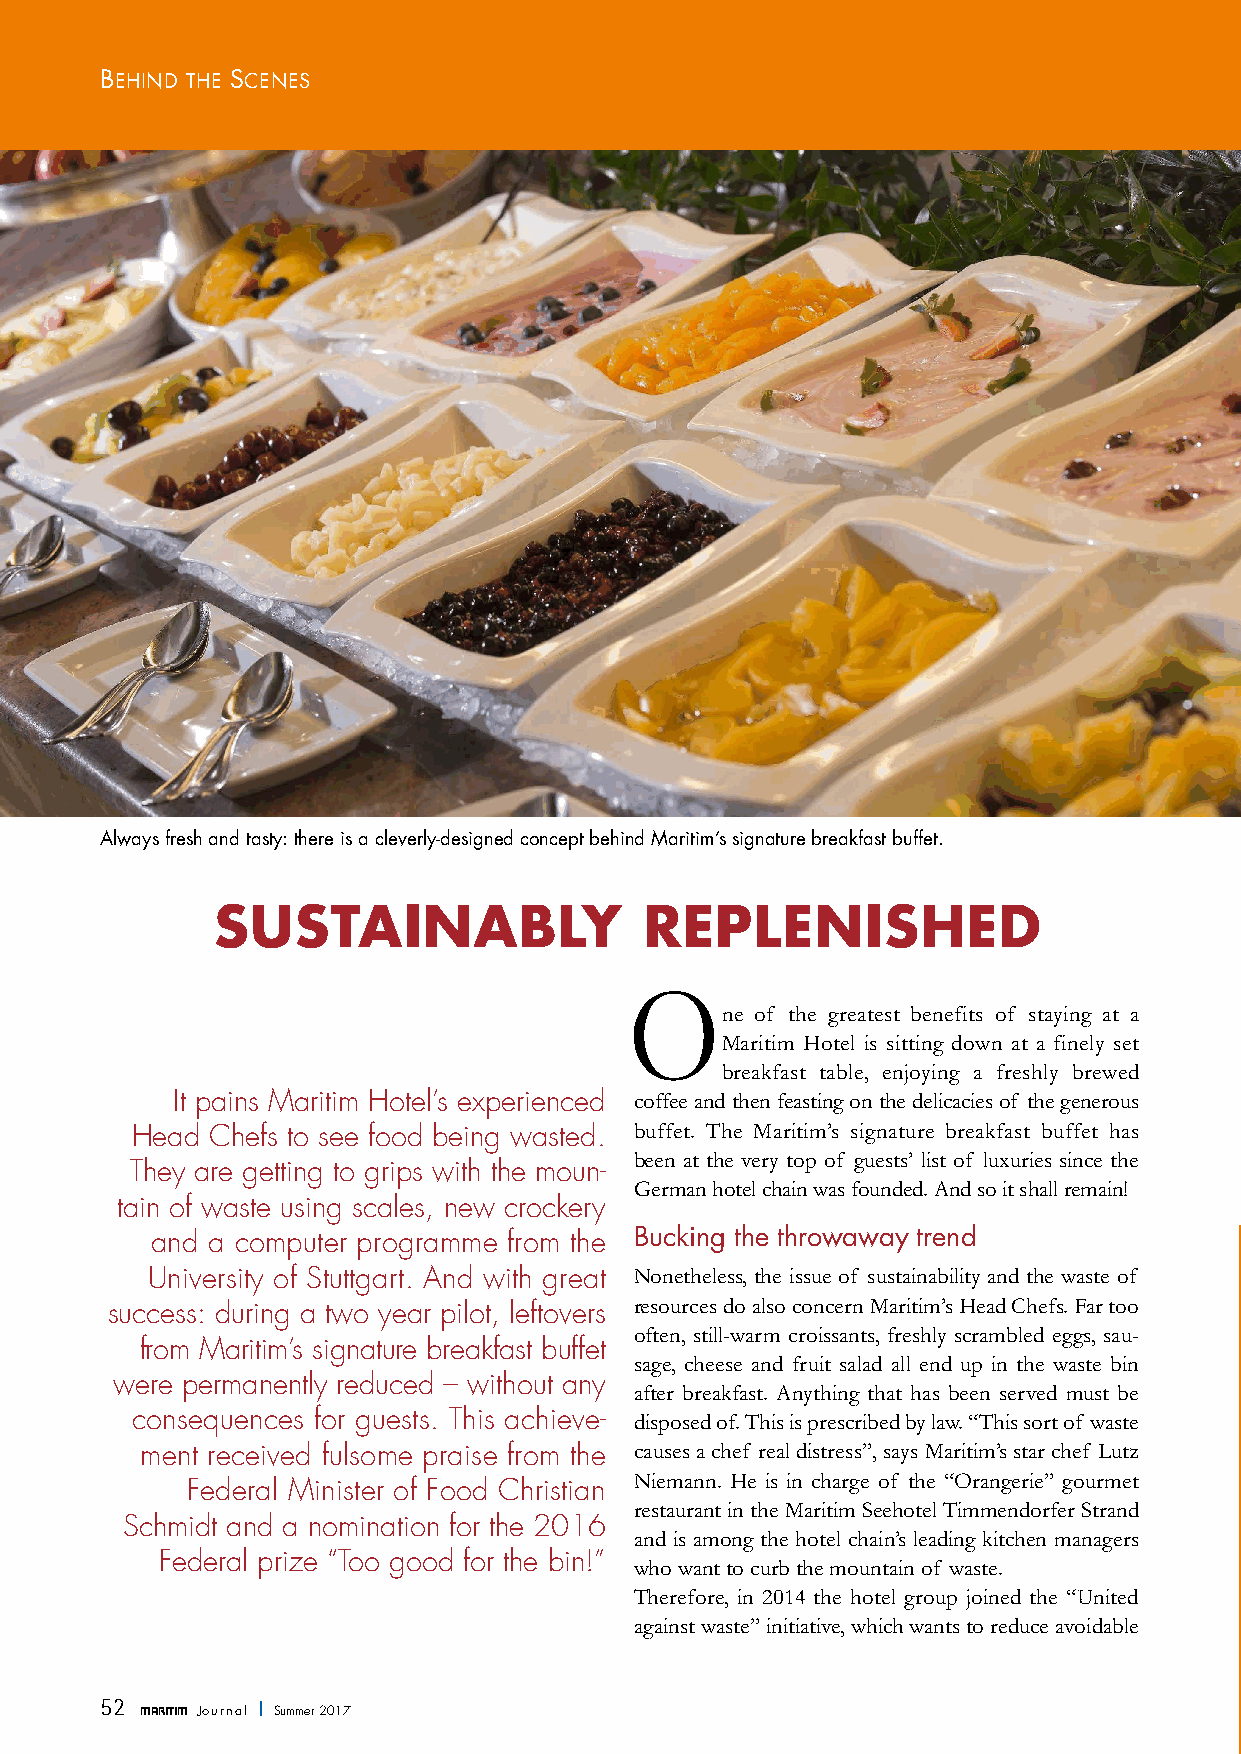
Behind the SceneS
 Always fresh and tasty: there is a cleverly-designed concept behind Maritim’s signature breakfast buffet.
 SUSTAINABLY                  REPLENISHED
 O
 ne of the greatest benefits of staying at a
 Maritim Hotel is sitting down at a finely set
 breakfast table, enjoying a freshly brewed
 It pains Maritim Hotel’s experienced coffee and then feasting on the delicacies of the generous
 Head Chefs to see food being wasted. buffet. The Maritim’s signature breakfast buffet has
 been at the very top of guests’ list of luxuries since the
 They are getting to grips with the moun-
 German hotel chain was founded. And so it shall remain!
 tain of waste using scales, new crockery
 and a computer programme from the Bucking the throwaway trend
 University of Stuttgart. And with great Nonetheless, the issue of sustainability and the waste of
 success: during a two year pilot, leftovers resources do also concern Maritim’s Head Chefs. Far too
 often, still-warm croissants, freshly scrambled eggs, sau-
 from Maritim’s signature breakfast buffet
 sage, cheese and fruit salad all end up in the waste bin
 were permanently reduced – without any
 after breakfast. Anything that has been served must be
 consequences for guests. This achieve- disposed of. This is prescribed by law. “This sort of waste
 ment received fulsome praise from the causes a chef real distress”, says Maritim’s star chef Lutz
 Niemann. He is in charge of the “Orangerie” gourmet
 Federal Minister of Food Christian
 restaurant in the Maritim Seehotel Timmendorfer Strand
 Schmidt and a nomination for the 2016
 and is among the hotel chain’s leading kitchen managers
 Federal prize “Too good for the bin!”
 who want to curb the mountain of waste.
 Therefore, in 2014 the hotel group joined the “United
 against waste” initiative, which wants to reduce avoidable
 52 MARITIM Jo u r n a l I Summer 2017